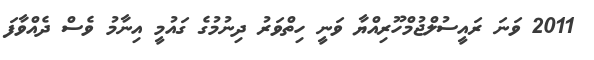
2011 ވަނަ ރައީސުލްޖުމްހޫރިއްޔާ ވަނީ ހިތްވަރު ދިނުމުގެ ގައުމީ އިނާމު ވެސް ދެއްވާފަ